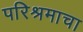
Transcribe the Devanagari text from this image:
परिश्रमाचा